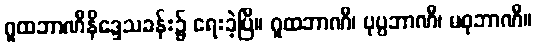
ဂူထဘာဏီနိဒ္ဒေသခန်း၌ ရေးခဲ့ပြီ။ ဂူထဘာဏီ၊ ပုပ္ပဘာဏီ၊ မဓုဘာဏီ။